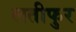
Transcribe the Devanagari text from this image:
लतीफुर